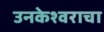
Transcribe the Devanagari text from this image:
उनकेश्वराचा